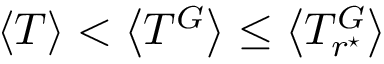
\left< T \right> < \left< T ^ { G } \right> \leq \left< T _ { r ^ { \star } } ^ { G } \right>